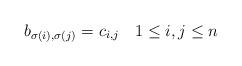
LaTeX: \begin{align*} b_{\sigma(i),\sigma(j)}=c_{i,j}\quad1\leq i,j\leq n \end{align*}